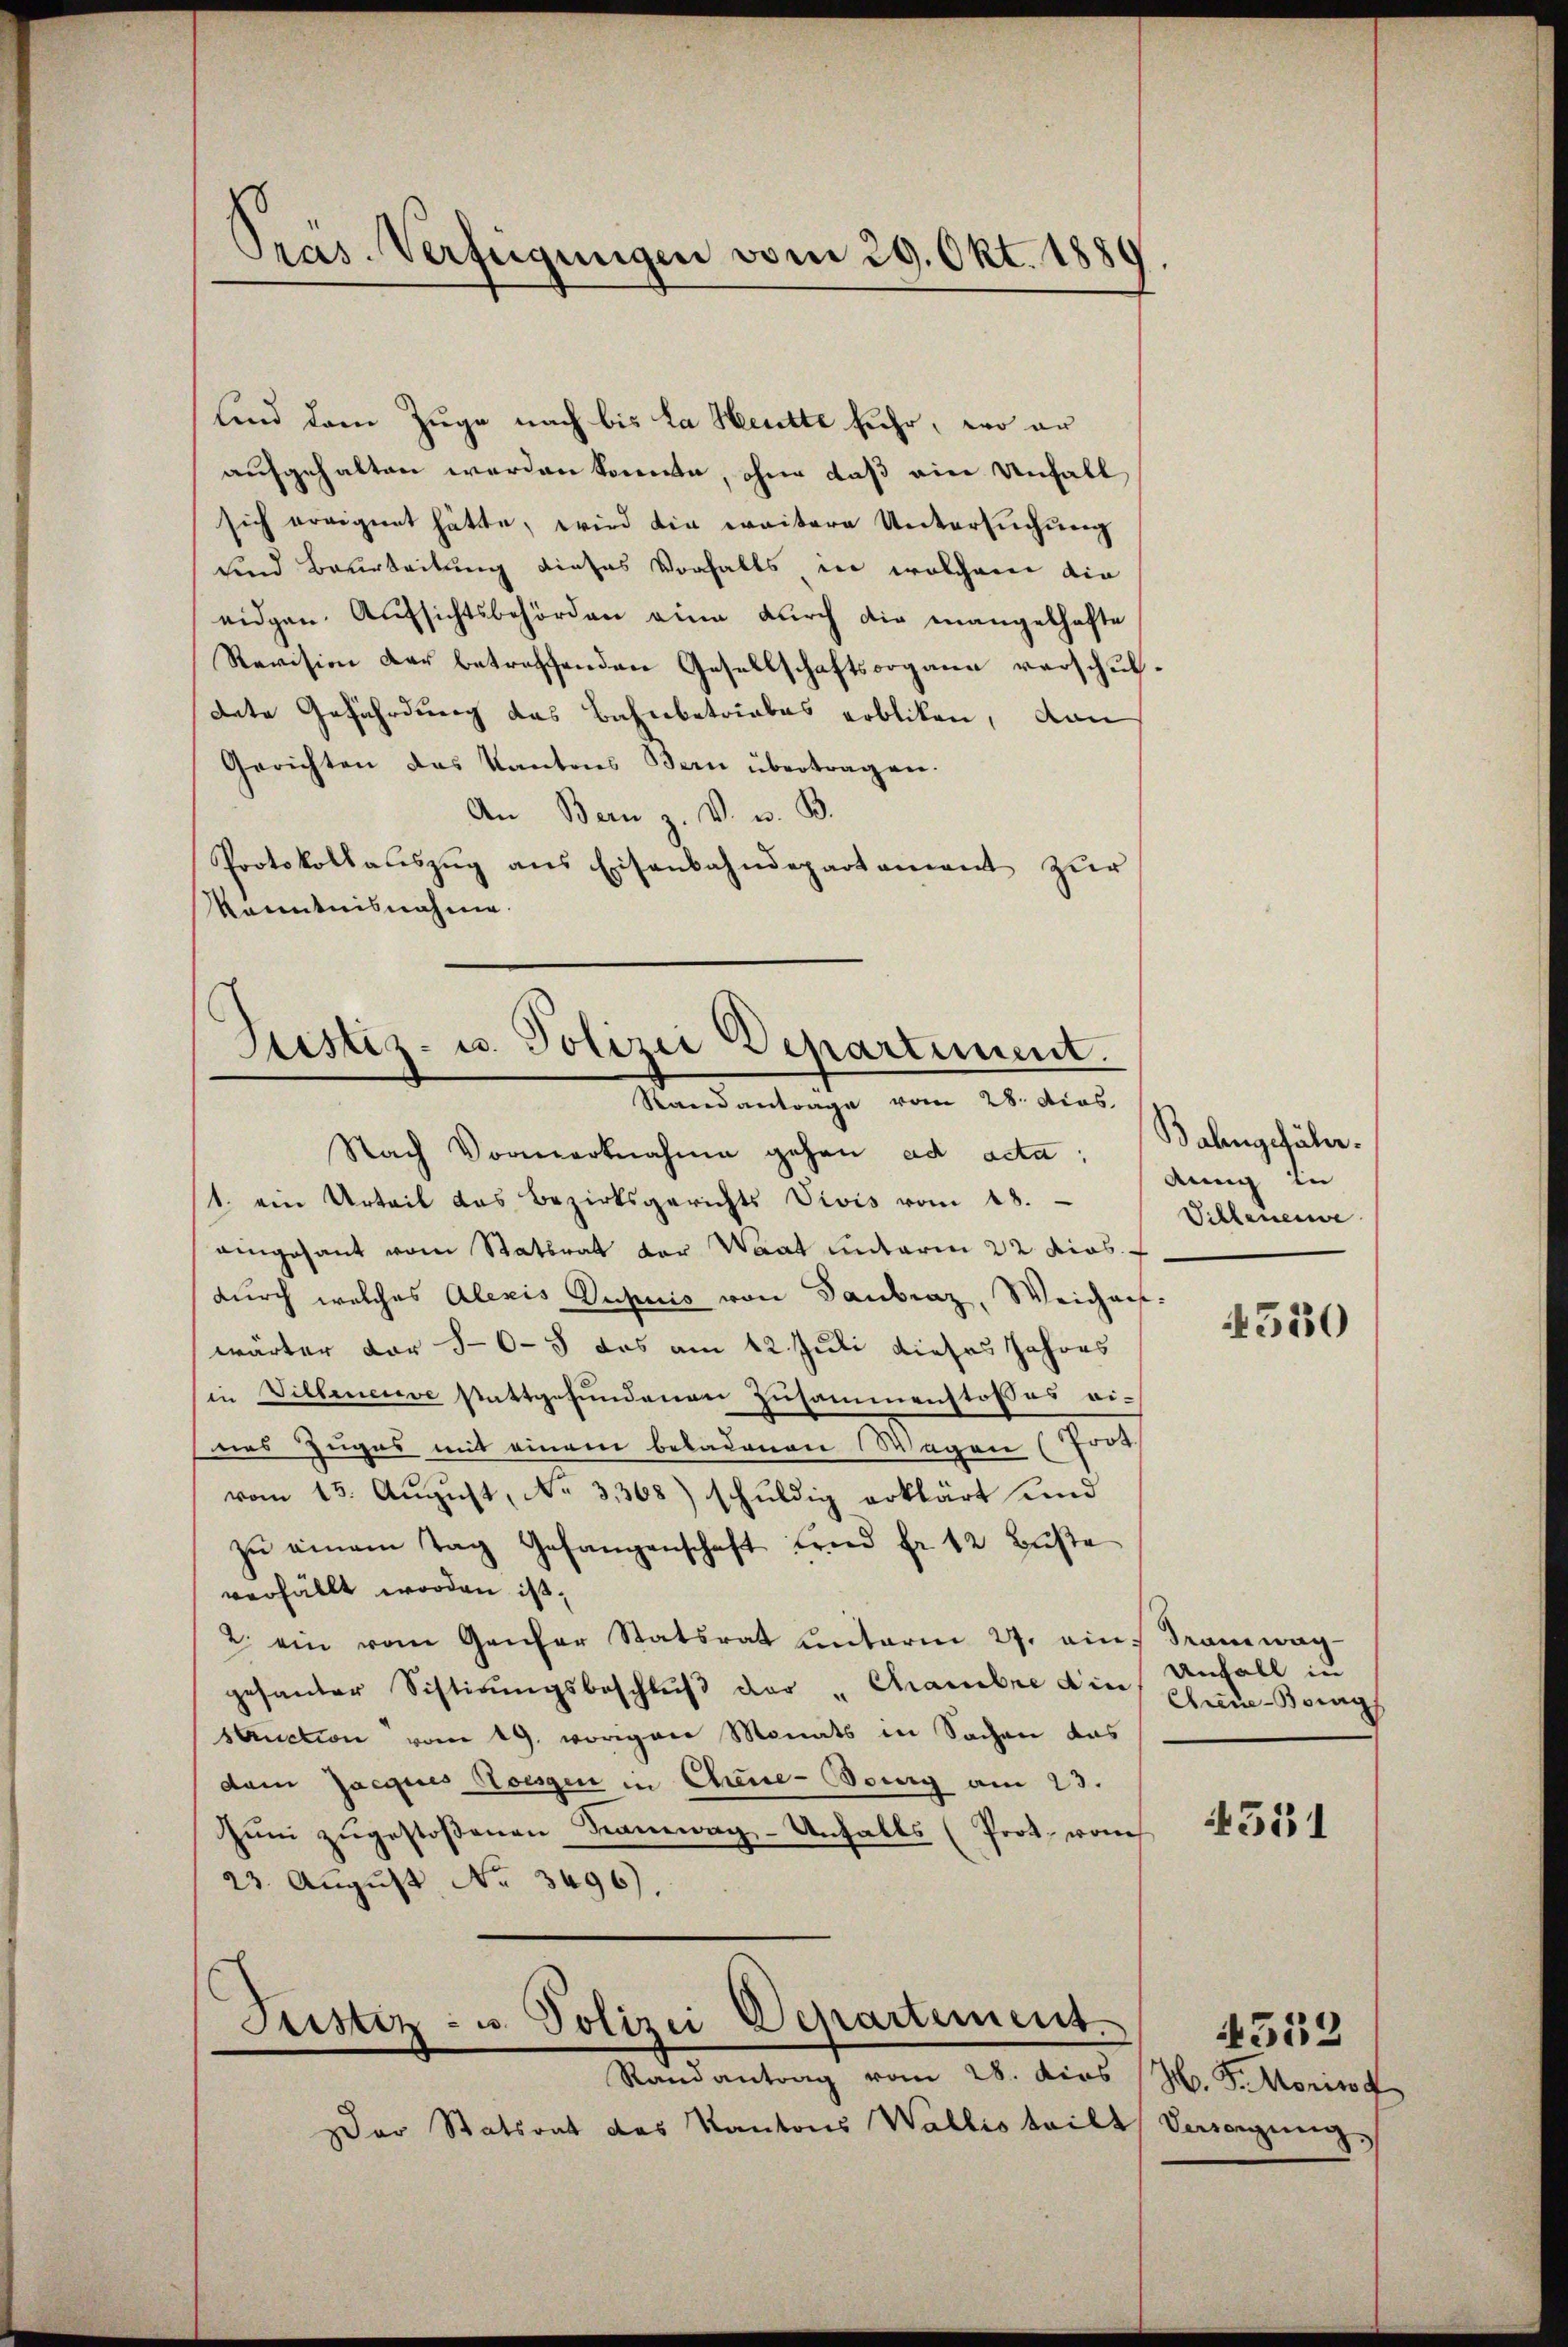
Pras. Verfügungen vom 29. Okt. 1889

und dem Zuge nach bis la Heute fuhr, wo er
aufgehalten werden könnte, ohne daß ein Unfall
sich ereignet hätte, wird die weitere Untersuchung
und Beurteilung dieses Vorfalls in welchem die
eidgen. Aufsichtsbehörden eine durch die mangelhafte
Revision der betreffenden Gesellschaftsorgane verschuldete Gefährdung das Bahnbetriebes erbliken, dann
Gerichten das Kantons Bern übertragen.
An Bern z. V. u. B.
Protokollaŭszŭg ans Eisenbahndepartament zŭr
Kenntnisnahme.

Justiz- u. Polizei Departiment.
Randantrage vom 28. Acas.

Nach Vormerknahme gehen ad acta:
1. ein Urteil das Bezirksgerichts Vivis vom 18.
eingesant vom Stattrat der Waat unterm 22 dies
durch welches Alexis Dupuis von Taubraz, Weigen-
wärter vor 5-6-5 das am 12. Juli dieses Jahres
(in Willeneuve stattgefundenen Zusammenstoßes eines Zuger mit einem beladenen Wagen (For
vom 15. August, No 3,368) schuldig erklärt und
zŭ einem Tag Gefangenschaft fand fr. 12 Bŭβe
verfällt worden ist.
2. ein vom Genfer Statsrat Literm 27. an Tramwag-
gehander Sistirŭngsbeschlŭβ der "Chambre die Ehe-Berg
struction vom 19. vorigen Monats in Sachen das
dam Jacques Hoessen in Cheue-Bourg am 23.
Zum zugestoßenen Ramwag-Unfalls (Prot. von
23. August No. 3496).

Justiz- u. Polizei Departement.
Randantrag vom 28. dies H. F. Morist

Der Statsrat des Kantons Wallis teilt, Vereigung,

Balingefähr.
dung in
Villenende

4550

Unfall(...)

4351

4552